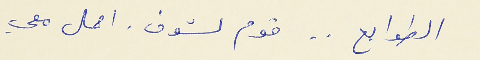
الطوابع . . قوم لشوف . احمل معي